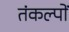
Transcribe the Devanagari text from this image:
तंकल्पों